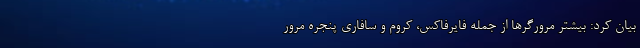
بیان کرد: بیشتر مرورگر‌ها از جمله فایرفاکس، کروم و سافاری پنجره مرور